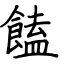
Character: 饁